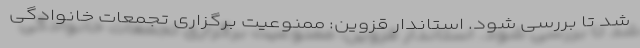
شد تا بررسی شود. استاندار قزوین:‌ ممنوعیت برگزاری تجمعات خانوادگی